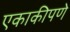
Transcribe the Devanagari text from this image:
एकाकीपणे